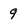
Character: 9